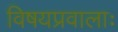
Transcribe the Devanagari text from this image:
विषयप्रवालाः